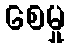
စေမှု